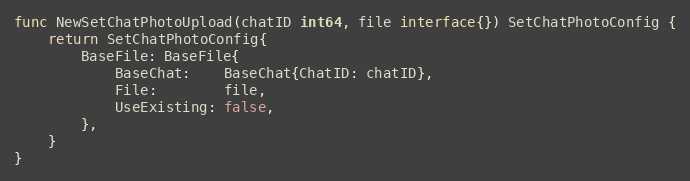
Language: Go
func NewSetChatPhotoUpload(chatID int64, file interface{}) SetChatPhotoConfig {
	return SetChatPhotoConfig{
		BaseFile: BaseFile{
			BaseChat:    BaseChat{ChatID: chatID},
			File:        file,
			UseExisting: false,
		},
	}
}